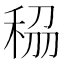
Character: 𥞮